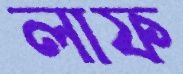
লাফ